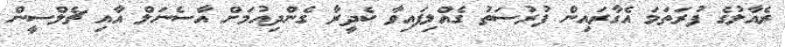
ރެއާލުގެ ފުރަތަމަ އެގާރައިން ފުރުސަތު ގެއްލިފައިވާ ކެދީރާ ގެންދިއުމަށް އާސެނަލް އާއި ޗެލްސީން